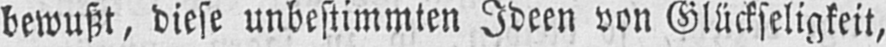
bewußt, diese unbestimmten Ideen von Glückseligkeit,